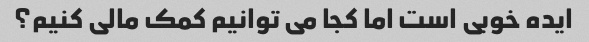
ایده خوبی است اما کجا می توانیم کمک مالی کنیم؟